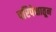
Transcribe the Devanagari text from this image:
परिपेक्षातून